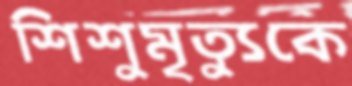
শিশুমৃত্যুকে